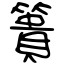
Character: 簣